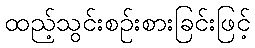
ထည့်သွင်းစဉ်းစားခြင်းဖြင့်